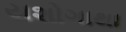
યશોગાથા